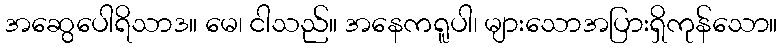
အဆွေပေါရိသာဒ။ မေ၊ ငါသည်။ အနေကရူပါ၊ များသောအပြားရှိကုန်သော။